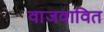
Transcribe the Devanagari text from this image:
वाजवावित